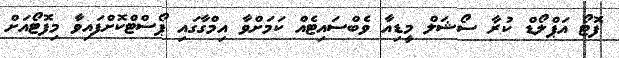
ފޮޓޯ އަޕްލޯޑް ކުރާ ސޯޝަލް މީޑިއާ ވެބްސައިޓެއް ކަމަށްވާ އިމްގާގައި ޕޯސްޓްކޮށްފައިވާ މިފޮޓޯއަށް